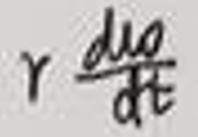
$r\frac{du}{dt}$